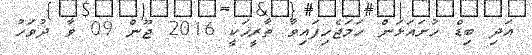
އަދި ބިޑް ހުށައަޅަން ހަމަޖެހިފައިވާ ތާރީޚަކީ 2016 ޖޫން 09 ވާ ދުވަހު